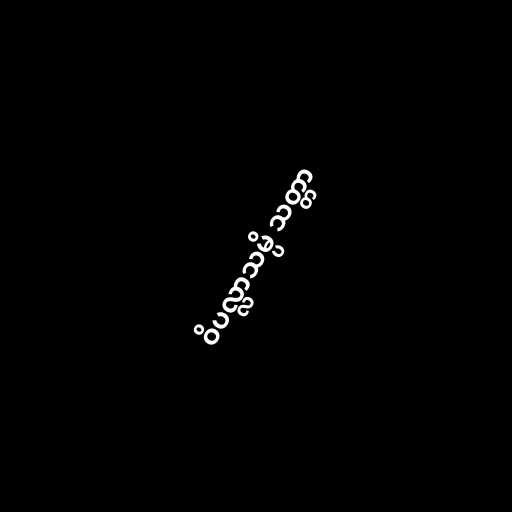
ဝိပလ္လာသမ္ပိ သတ္တာ